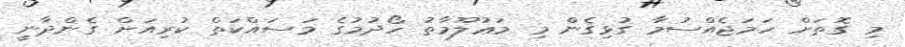
މި ގޮތަށް ހަމަޖެއްސުމާ ގުޅިގެން މި މަޢުލޫމާތު ހޯދުމުގެ މަސައްކަތް ކުރިއަށް ގެންދާނީ